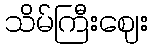
သိမ်ကြီးဈေး